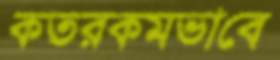
কতরকমভাবে